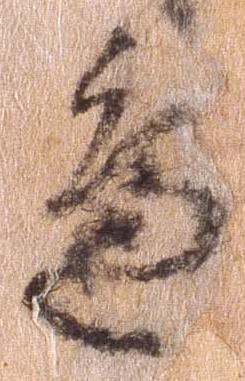
辺